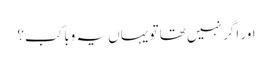
اور اگر نہیں تھا تو یہاں یہ وبا کب؟